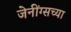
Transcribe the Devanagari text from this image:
जेनींग्सच्या